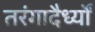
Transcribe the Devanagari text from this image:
तरंगादैर्ध्यों